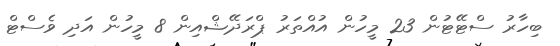
ބިހާރު ސްޓޭޓުން 23 މީހުން އުއްތަރު ޕްރަދޭޝްއިން 8 މީހުން އަދި ވެސްޓް